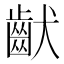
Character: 𱌚